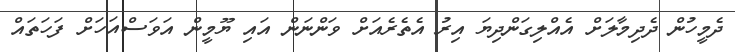
ދެމީހުން ދެދިމާލަށް އެއްލިގަންދިޔަ އިރު އެތެރެއަށް ވަންނަން އައި ޔޫމީން އަވަސްއަހަށް ފަހަތައް